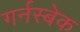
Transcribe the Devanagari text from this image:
गर्नस्बेक